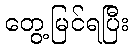
တွေ့မြင်ရပြီး